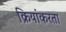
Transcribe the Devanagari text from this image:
क्रियांकरता